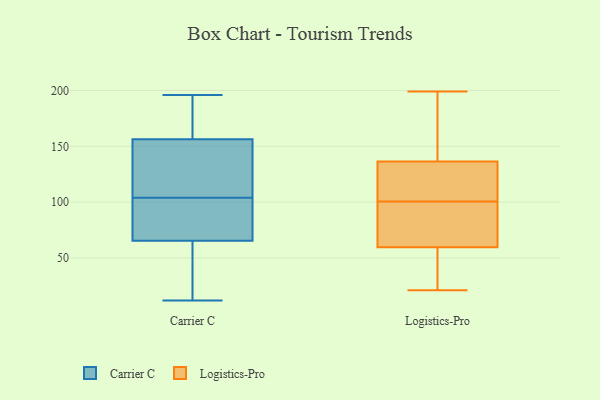
{"axis": {"x": "Inventory Turnover", "y": "Value"}, "legend": ["Carrier C", "Logistics-Pro"], "data": [{"x": "", "y": 61, "type": "Carrier C"}, {"x": "", "y": 150, "type": "Carrier C"}, {"x": "", "y": 196, "type": "Carrier C"}, {"x": "", "y": 193, "type": "Carrier C"}, {"x": "", "y": 172, "type": "Carrier C"}, {"x": "", "y": 18, "type": "Carrier C"}, {"x": "", "y": 67, "type": "Carrier C"}, {"x": "", "y": 156, "type": "Carrier C"}, {"x": "", "y": 104, "type": "Carrier C"}, {"x": "", "y": 157, "type": "Carrier C"}, {"x": "", "y": 15, "type": "Carrier C"}, {"x": "", "y": 80, "type": "Carrier C"}, {"x": "", "y": 12, "type": "Carrier C"}, {"x": "", "y": 106, "type": "Carrier C"}, {"x": "", "y": 68, "type": "Carrier C"}, {"x": "", "y": 67, "type": "Carrier C"}, {"x": "", "y": 126, "type": "Carrier C"}, {"x": "", "y": 199, "type": "Logistics-Pro"}, {"x": "", "y": 137, "type": "Logistics-Pro"}, {"x": "", "y": 108, "type": "Logistics-Pro"}, {"x": "", "y": 109, "type": "Logistics-Pro"}, {"x": "", "y": 66, "type": "Logistics-Pro"}, {"x": "", "y": 57, "type": "Logistics-Pro"}, {"x": "", "y": 62, "type": "Logistics-Pro"}, {"x": "", "y": 136, "type": "Logistics-Pro"}, {"x": "", "y": 30, "type": "Logistics-Pro"}, {"x": "", "y": 83, "type": "Logistics-Pro"}, {"x": "", "y": 21, "type": "Logistics-Pro"}, {"x": "", "y": 93, "type": "Logistics-Pro"}, {"x": "", "y": 119, "type": "Logistics-Pro"}, {"x": "", "y": 198, "type": "Logistics-Pro"}, {"x": "", "y": 157, "type": "Logistics-Pro"}, {"x": "", "y": 53, "type": "Logistics-Pro"}]}